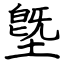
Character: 墍